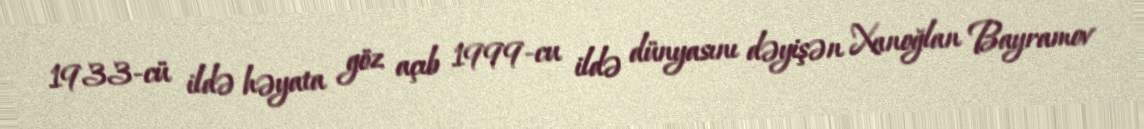
1933-cü ildə həyata göz açıb 1999-cu ildə dünyasını dəyişən Xanoğlan Bayramov